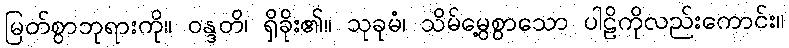
မြတ်စွာဘုရားကို။ ဝန္ဒတိ၊ ရှိခိုး၏။ သုခုမံ၊ သိမ်မွေ့စွာသော ပါဠိကိုလည်းကောင်း။